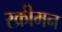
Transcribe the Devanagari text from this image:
स्क्रीमन